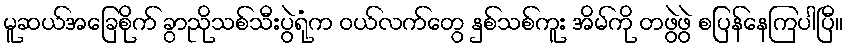
မူဆယ်အခြေစိုက် ခွာညိုသစ်သီးပွဲရုံက ဝယ်လက်တွေ နှစ်သစ်ကူး အိမ်ကို တဖွဲဖွဲ စပြန်နေကြပါပြီ။